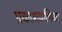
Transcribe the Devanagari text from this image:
प्रकाशकणिका